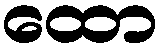
ထော